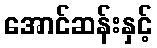
အောင်ဆန်းနှင့်